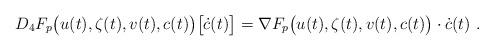
LaTeX: \begin{align*} D_4 F_p\big(u(t),\zeta(t),v(t),c(t)\big) \big[\dot c(t) \big] = \nabla F_p\big(u(t),\zeta(t),v(t),c(t)\big) \cdot \dot c(t) \ .\end{align*}